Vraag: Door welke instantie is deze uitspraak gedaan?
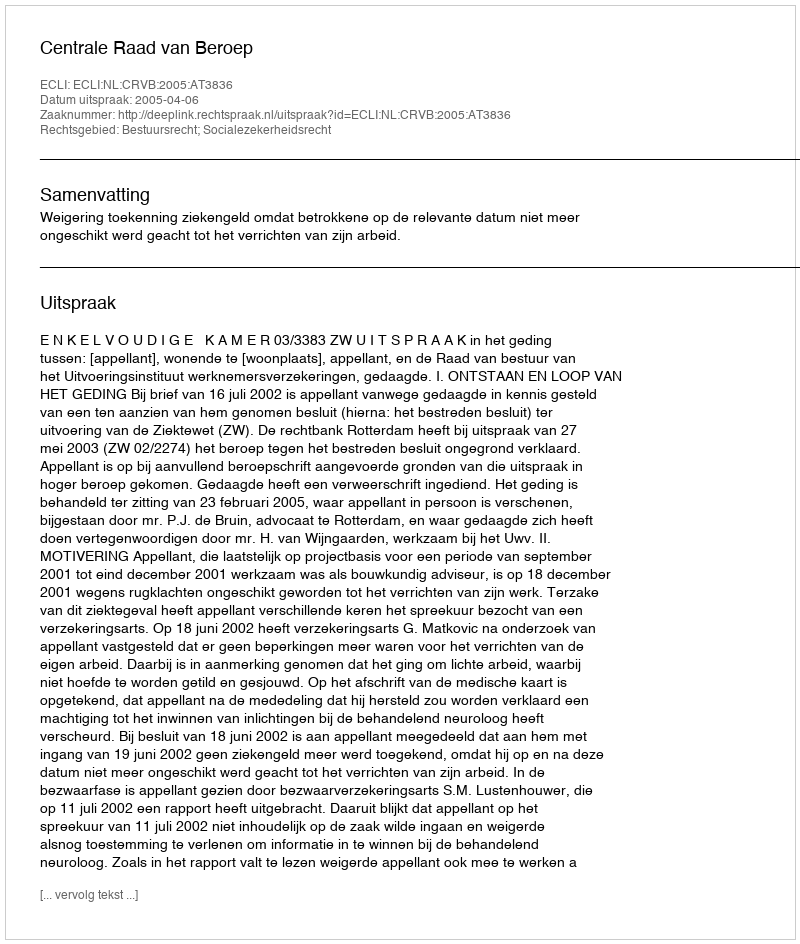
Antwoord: Centrale Raad van Beroep